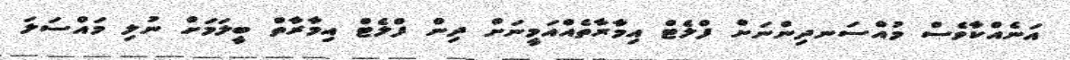
އަނެއްކާވެސް މުއްސަނދިންނަށް ފްލެޓް އިމާރާތެއްއަމީނަށް ދިން ފްލެޓް އިމާރާތް ބީލަމަށް ނުލި މައްސަލަ